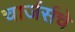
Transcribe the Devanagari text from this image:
चार्जर्सचे